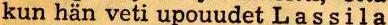
kun hän veti upouudet Lassila